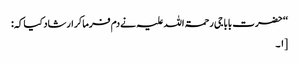
‘‘ حضرت بابا جی رحمۃ اللہ علیہ نے دم فرماکر ارشاد کیا کہ:
[۱۔